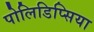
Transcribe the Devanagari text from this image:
पोलिडिप्सिया